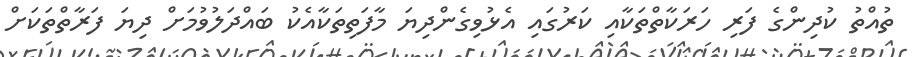
ތުއްތު ކުދިންގެ ފަރި ހަރަކާތްތަކާއި ކަރުގައި އެޅުވިގެންދިޔަ މާފަތިތަކާއެކު ބައްދަލުވުމަށް ދިޔަ ފަރާތްތަކަށް